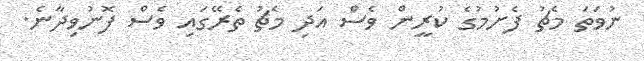
ނުވަތަ މެޗު ފެށުމުގެ ކުރީން ވެސް އަދި މެޗު ތެރޭގައި ވެސް ފޮނުވިދާނެ.